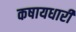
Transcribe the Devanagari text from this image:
कषायधारी